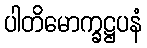
ပါတိမောက္ခဋ္ဌပနံ